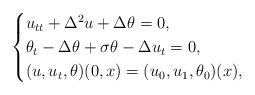
LaTeX: \begin{align*}\begin{cases}u_{tt}+\Delta^2 u+\Delta\theta=0,\\\theta_t-\Delta\theta+\sigma\theta-\Delta u_t=0,\\(u,u_t,\theta)(0,x)=(u_0,u_1,\theta_0)(x),\end{cases}\end{align*}